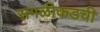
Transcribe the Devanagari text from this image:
सगळीकडची